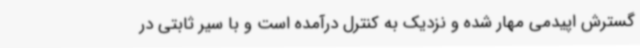
گسترش اپیدمی مهار شده و نزدیک به کنترل درآمده است و با سیر ثابتی در